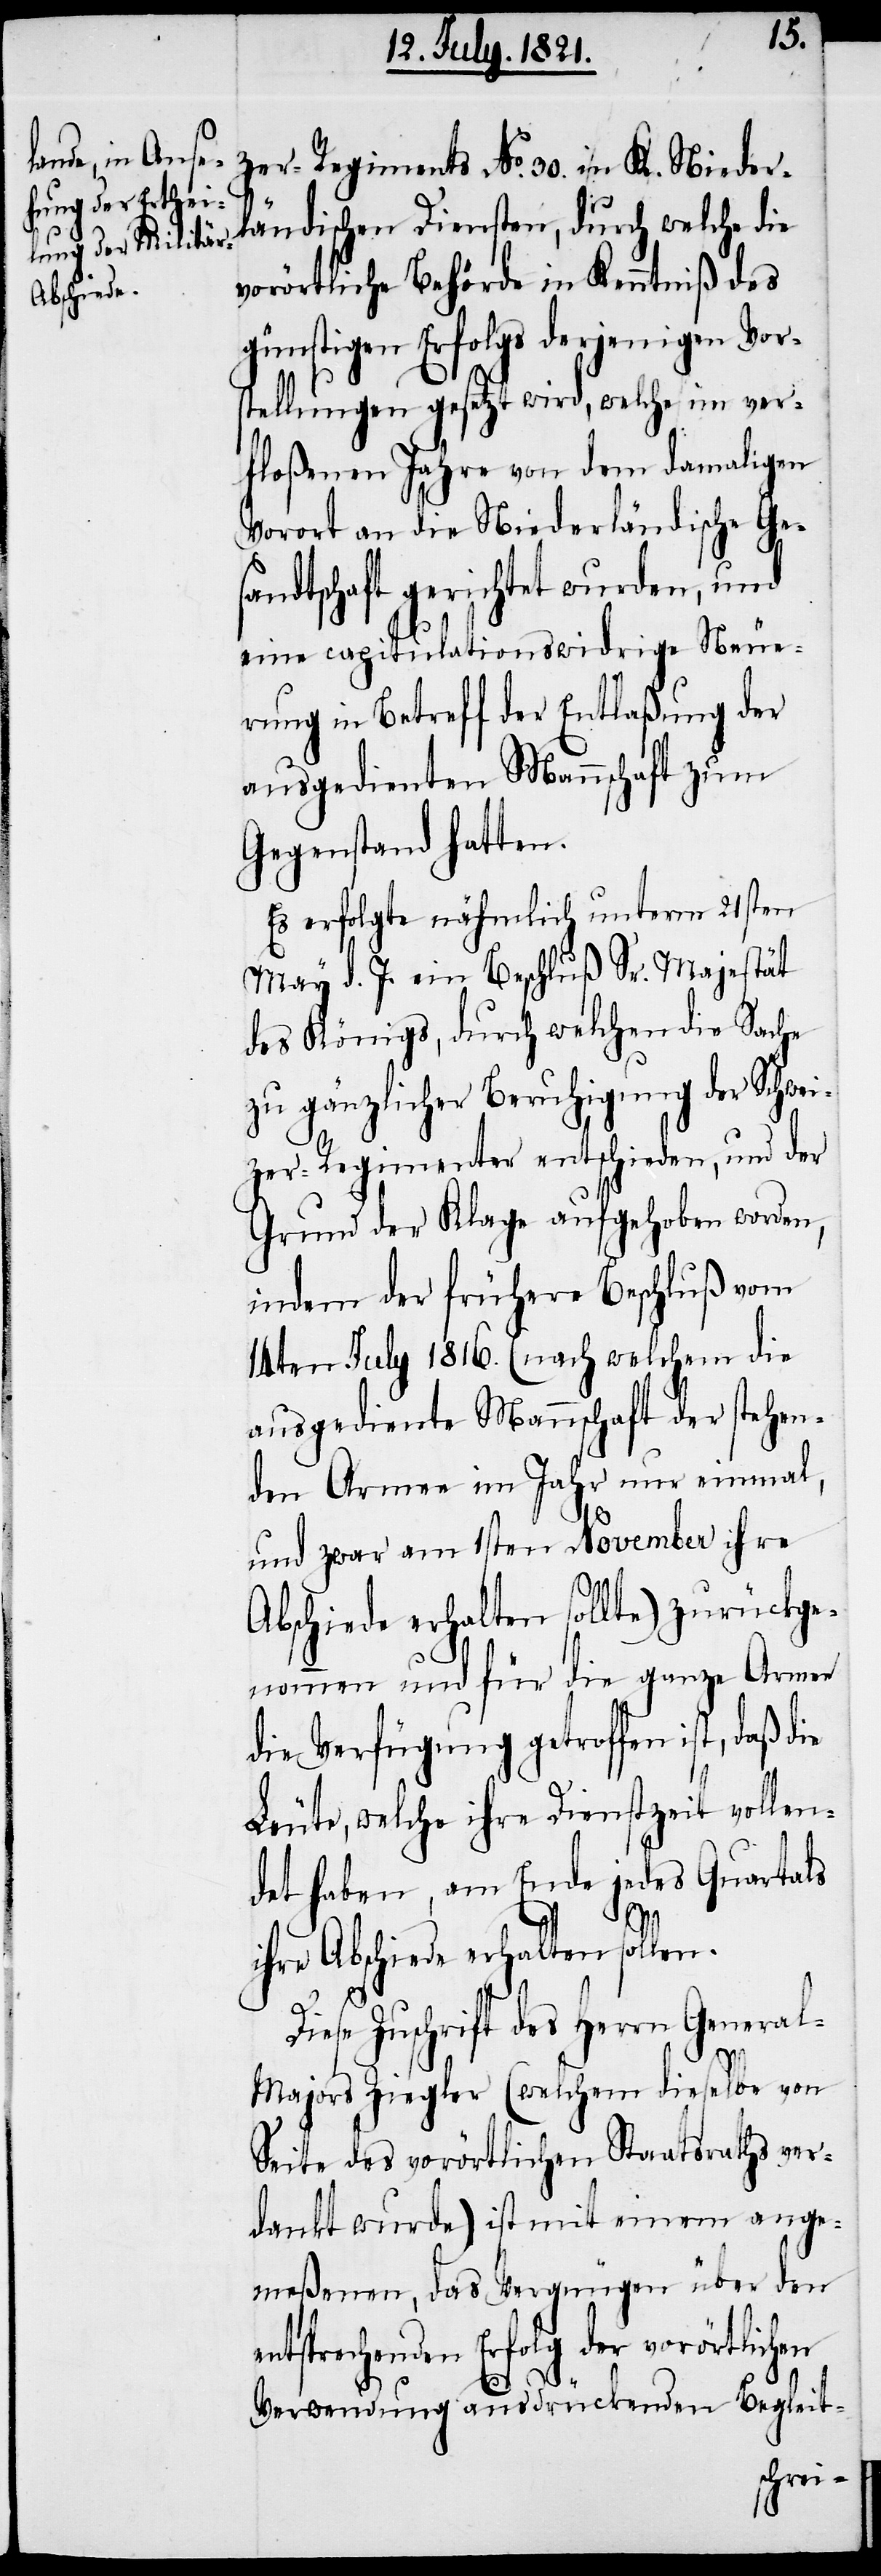
zer-Regiments No. 30. in K. Nieder¬
ländischen Diensten, durch welche die
vorörtliche Behörde in Kenntnis des
günstigen Erfolgs derjenigen Vor¬
stellungen gesetzt wird, welche im ver¬
floßenen Jahre von dem damaligen
Vorort an die Niederländische Ge¬
sandtschaft gerichtet wurden, und
eine capitulationswidrige Neue¬
rung in Betreff der Entlaßung der
ausgedienten Mannschaft zum
Gegenstand hatten.
Es erfolgte nähmlich unterm 21sten
May d. J. ein Beschluß Sr. Majestät
des Königs, durch welchen die Sache
zu gänzlicher Beruhigung der Schwei¬
zer-Regimenter entschieden, und der
Grund der Klage aufgehoben worden,
indem der frühere Beschluß vom
14ten July 1816. (nach welchem die
ausgediente Mannschaft der stehen¬
den Armee im Jahr nur einmal,
und zwar am 1sten November ihre
Abschiede erhalten sollte) zurückge¬
nommen und für die ganze Armee
die Verfügung getroffen ist, daß die
Leute, welche ihre Dienstzeit vollen¬
det haben, am Ende jedes Quartals
ihre Abschiede erhalten sollen.
Diese Zuschrift des Herrn Genera¬
l-Majors Ziegler (welchem dieselbe von
Seite des vorörtlichen Staatsraths ver¬
dankt wurde) ist mit einem ange¬
meßenen, das Vergnügen über den
entsprechenden Erfolg der vorörtlichen
Verwendung ausdrückenden Begleit-